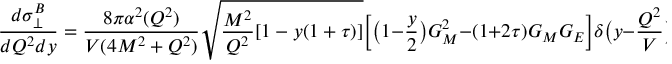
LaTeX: \frac { d \sigma _ { \bot } ^ { B } } { d Q ^ { 2 } d y } = \frac { 8 \pi \alpha ^ { 2 } ( Q ^ { 2 } ) } { V ( 4 M ^ { 2 } + Q ^ { 2 } ) } \sqrt { \frac { M ^ { 2 } } { Q ^ { 2 } } [ 1 - y ( 1 + \tau ) ] } \Bigl [ \bigl ( 1 - \frac { y } { 2 } \bigr ) G _ { M } ^ { 2 } - ( 1 + 2 \tau ) G _ { M } G _ { E } \Bigr ] \delta \bigl ( y - \frac { Q ^ { 2 } } { V } \bigr ) \ ,